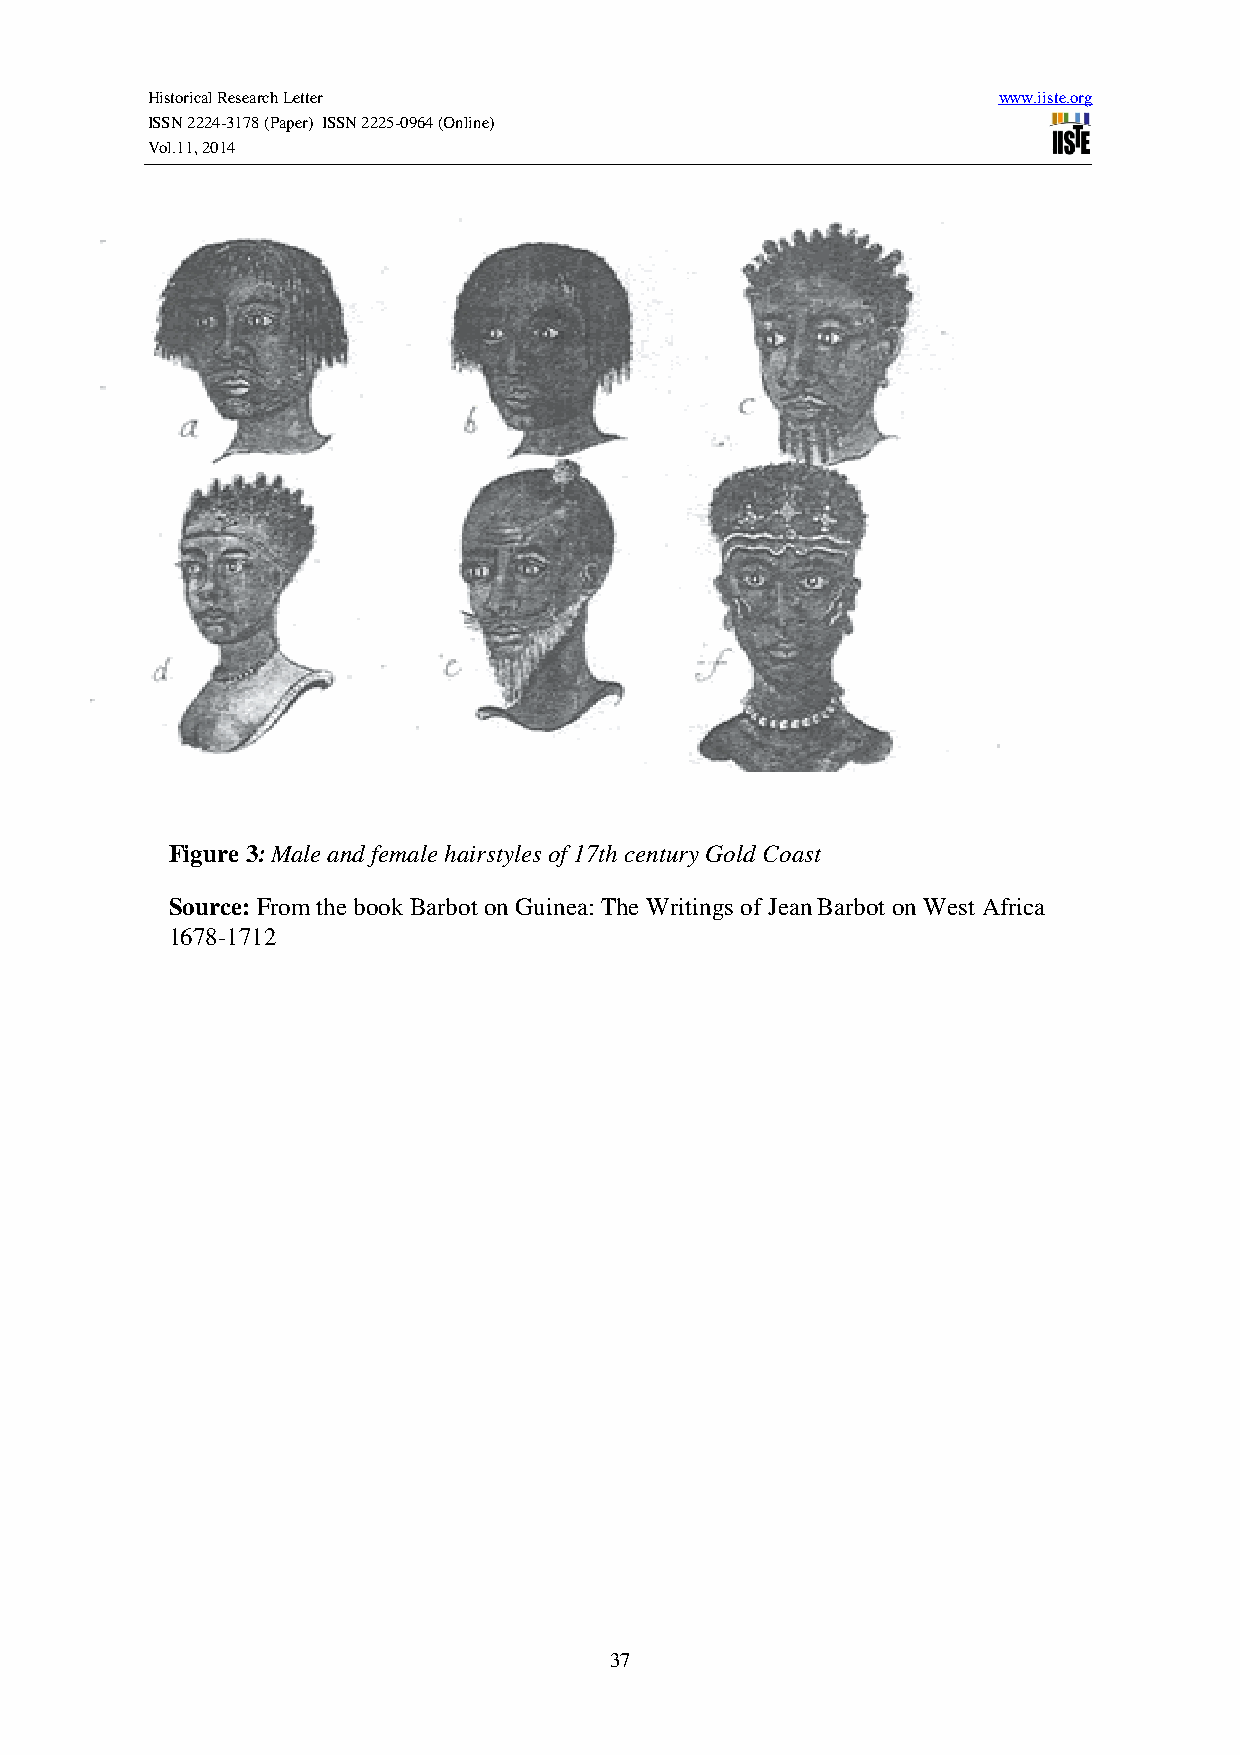
Historical Research Letter                              www.iiste.org
 ISSN 2224-3178 (Paper) ISSN 2225-0964 (Online)
 Vol.11, 2014
 Figure 3: Male and female hairstyles of 17th century Gold Coast
 Source: From the book Barbot on Guinea: The Writings of Jean Barbot on West Africa
 1678-1712
 37